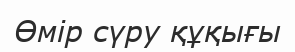
Өмір сүру құқығы